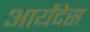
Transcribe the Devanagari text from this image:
आर्यंदेस